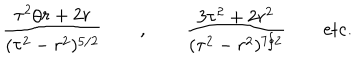
LaTeX: \frac { \tau ^ { 2 } / r + 2 r } { ( \tau ^ { 2 } - r ^ { 2 } ) ^ { 5 / 2 } } \qquad , \qquad \frac { 3 \tau ^ { 2 } + 2 r ^ { 2 } } { ( \tau ^ { 2 } - r ^ { 2 } ) ^ { 7 / 2 } } \qquad \mathrm { e t c . }